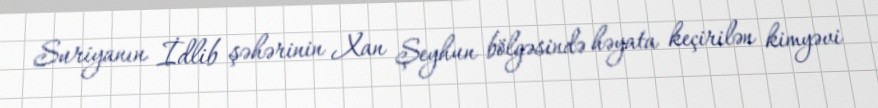
Suriyanın İdlib şəhərinin Xan Şeyhun bölgəsində həyata keçirilən kimyəvi